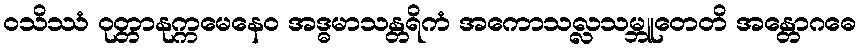
ဝသိဿံ ဝုတ္တာနုက္ကမေနေဝ အဒ္ဓမာသန္တရိကံ အကောသလ္လသမ္ဘူတေတိ အန္တောဂဓေ